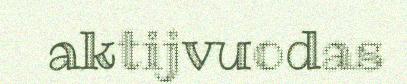
aktijvuodas